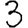
Digit: 3